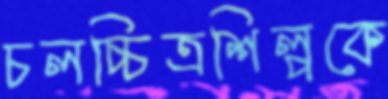
চলচ্চিত্রশিল্পকে